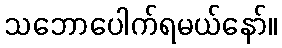
သဘောပေါက်ရမယ်နော်။